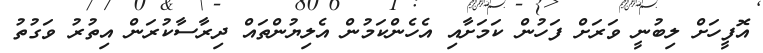
އޮފީހަށް ލިބުނީ ވަރަށް ފަހުން ކަމަށާއި އެހެންކަމުން އެލިޔުންތައް ދިރާސާކުރަން އިތުރު ވަގުތު